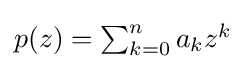
{\textstyle p(z)=\sum _{k=0}^{n}a_{k}z^{k}}